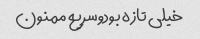
خیلی تازه بودوسریع ممنون